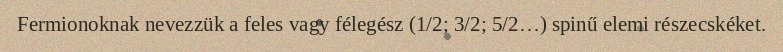
Fermionoknak nevezzük a feles vagy félegész (1/2; 3/2; 5/2…) spinű elemi részecskéket.